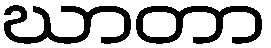
ဃာတာ